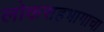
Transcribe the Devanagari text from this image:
लोकसहभागाचा